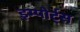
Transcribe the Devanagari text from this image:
इम्पोर्ट्स